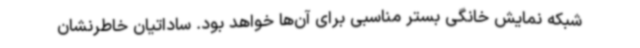
شبکه نمایش خانگی بستر مناسبی برای آن‌ها خواهد بود. ساداتیان خاطرنشان